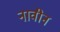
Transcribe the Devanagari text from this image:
नावीन